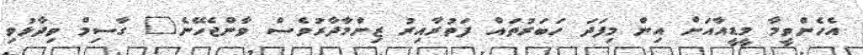
އެހެންވީމާ މީޑީއާއަށް އިން މިފަދަ ހަބަރުތައް ފަތުރާއިރު ޒިންމާދާރުވެސް ވާންޖެހޭނެ" ގާސިމް ވިދާޅުވި